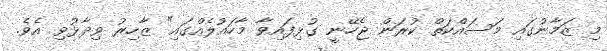
މި ޒަމާނުގައި މަސައްކަތް ކުރަން ޖެހޭނީ ގުޅިފައިވާ މާހައުލެއްގައި" ޒާހިރު ވިދާޅުވި އެވެ.